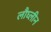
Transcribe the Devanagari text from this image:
लौघ्लीन